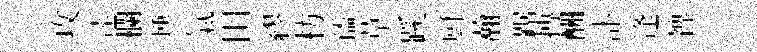
攻逹欄壎氣田繆枋孺草蹊厨瀚踞搏酬訃逢裨